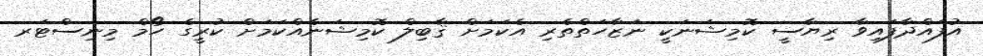
އުފައްދާފައިވާ ރިޔާސީ ކޮމިޝަނަކީ ނަޒާހަތްތެރި އެކަމަށް ޤާބިލް ކޮމިޝަނެއްކަމަށް ކުރީގެ ހޯމް މިނިސްޓަރ